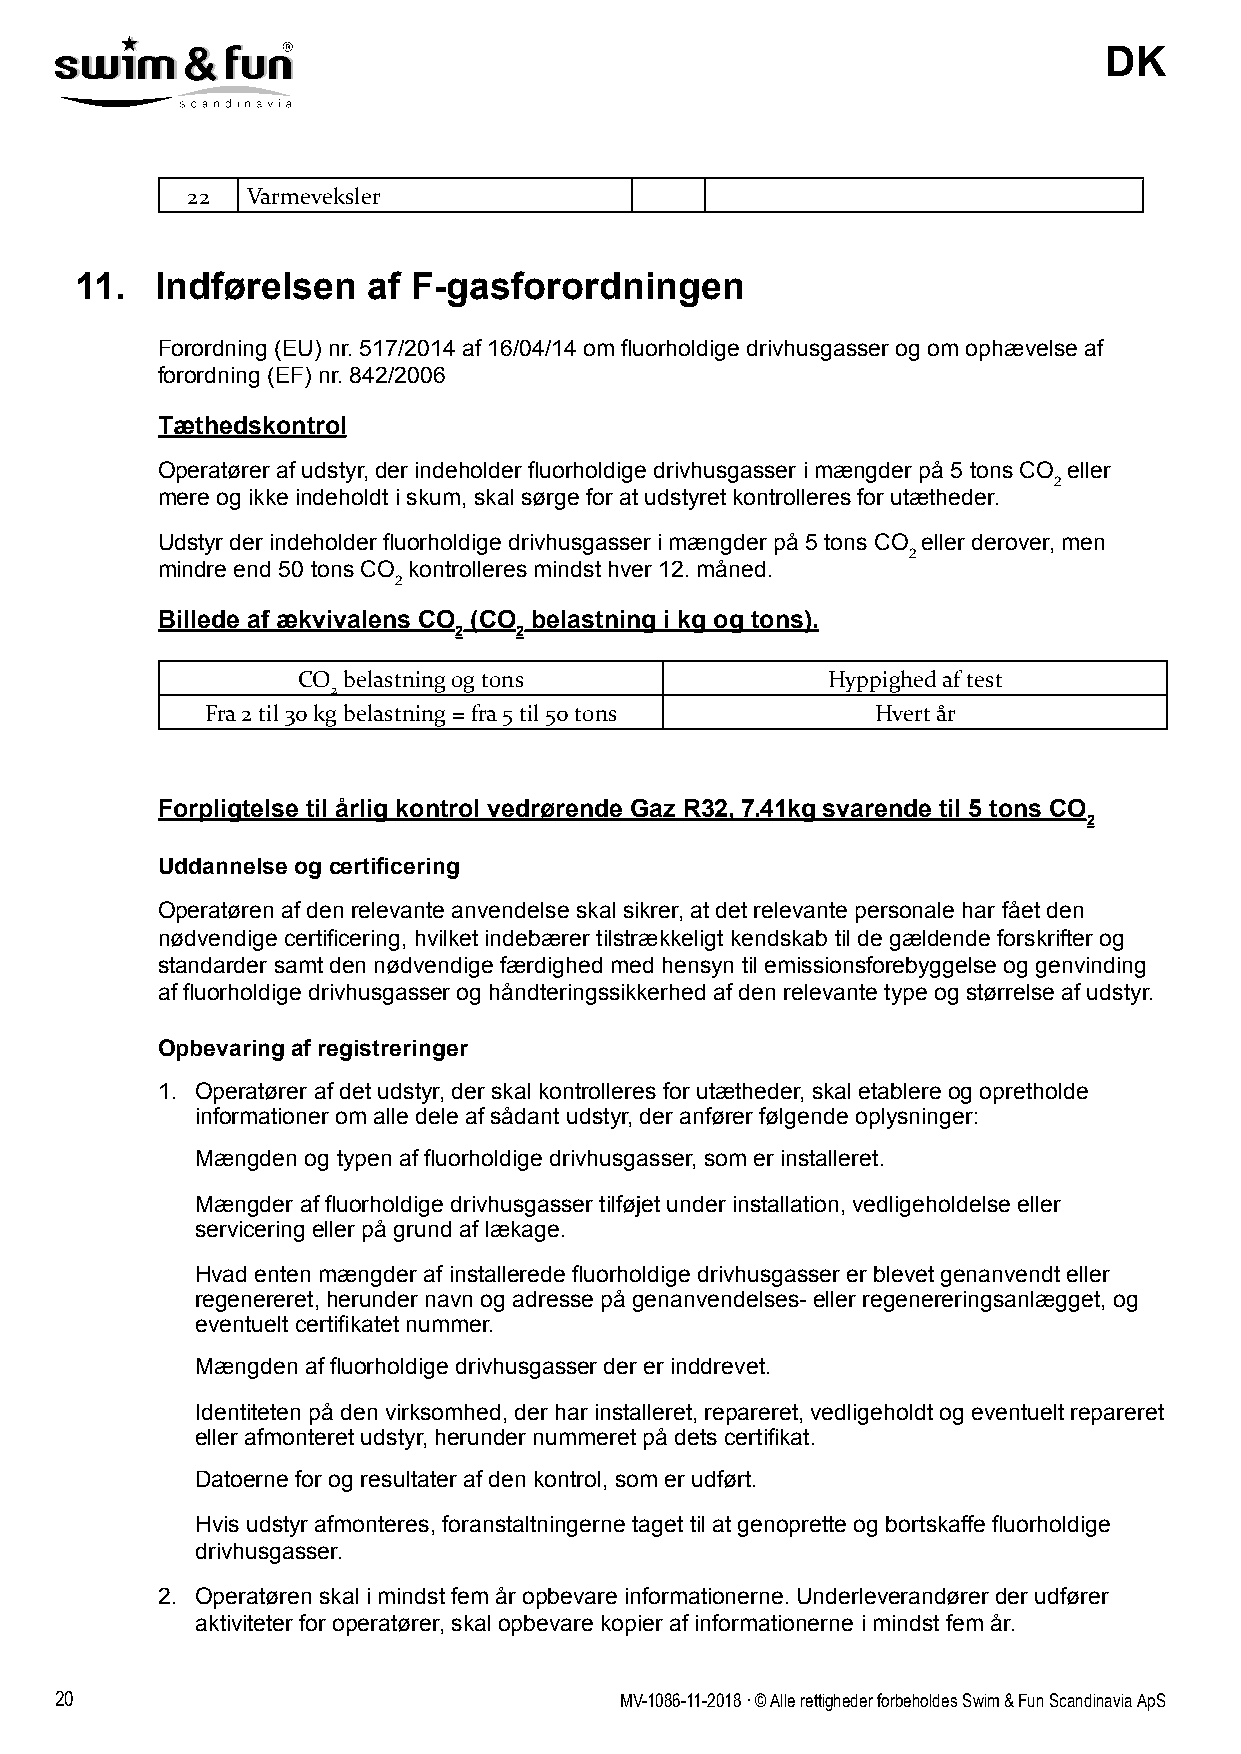
DK
 22  Varmeveksler
 11.  Indførelsen   af F-gasforordningen
 Forordning (EU) nr. 517/2014 af 16/04/14 om fluorholdige drivhusgasser og om ophævelse af
 forordning (EF) nr. 842/2006
 Tæthedskontrol
 Operatører af udstyr, der indeholder fluorholdige drivhusgasser i mængder på 5 tons CO eller
 2
 mere og ikke indeholdt i skum, skal sørge for at udstyret kontrolleres for utætheder.
 Udstyr der indeholder fluorholdige drivhusgasser i mængder på 5 tons CO eller derover, men
 2
 mindre end 50 tons CO kontrolleres mindst hver 12. måned.
 2
 Billede af ækvivalens CO (CO belastning i kg og tons).
 2   2
 CO belastning og tons              Hyppighed af test
 2
 Fra 2 til 30 kg belastning = fra 5 til 50 tons Hvert år
 Forpligtelse til årlig kontrol vedrørende Gaz R32, 7.41kg svarende til 5 tons CO
 2
 Uddannelse og certificering
 Operatøren af den relevante anvendelse skal sikrer, at det relevante personale har fået den
 nødvendige certificering, hvilket indebærer tilstrækkeligt kendskab til de gældende forskrifter og
 standarder samt den nødvendige færdighed med hensyn til emissionsforebyggelse og genvinding
 af fluorholdige drivhusgasser og håndteringssikkerhed af den relevante type og størrelse af udstyr.
 Opbevaring af registreringer
 1. Operatører af det udstyr, der skal kontrolleres for utætheder, skal etablere og opretholde
 informationer om alle dele af sådant udstyr, der anfører følgende oplysninger:
 Mængden og typen af fluorholdige drivhusgasser, som er installeret.
 Mængder af fluorholdige drivhusgasser tilføjet under installation, vedligeholdelse eller
 servicering eller på grund af lækage.
 Hvad enten mængder af installerede fluorholdige drivhusgasser er blevet genanvendt eller
 regenereret, herunder navn og adresse på genanvendelses- eller regenereringsanlægget, og
 eventuelt certifikatet nummer.
 Mængden af fluorholdige drivhusgasser der er inddrevet.
 Identiteten på den virksomhed, der har installeret, repareret, vedligeholdt og eventuelt repareret
 eller afmonteret udstyr, herunder nummeret på dets certifikat.
 Datoerne for og resultater af den kontrol, som er udført.
 Hvis udstyr afmonteres, foranstaltningerne taget til at genoprette og bortskaffe fluorholdige
 drivhusgasser.
 2. Operatøren skal i mindst fem år opbevare informationerne. Underleverandører der udfører
 aktiviteter for operatører, skal opbevare kopier af informationerne i mindst fem år.
 20                                   MV-1086-11-2018 . © Alle rettigheder forbeholdes Swim & Fun Scandinavia ApS